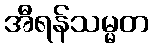
အီရန်သမ္မတ